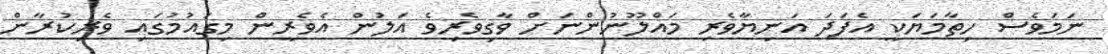
ނަމަވެސް ހިތާމަޔަކީ އެފަދަ އަނިޔާވެރި މައްލޫނުންނަށް ވާގިވެރިވެ އަލުން އެވެރީން މިގައުމުގައި ވެރިކުރާން